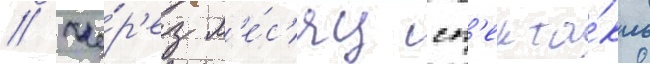
// Че́р'ез м'е́с'яц сп'екта́кль